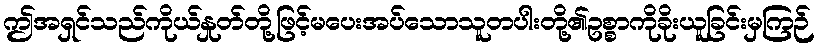
ဤအရှင်သည်ကိုယ်နှုတ်တို့ဖြင့်မပေးအပ်သောသူတပါးတို့၏ဥစ္စာကိုခိုးယူခြင်းမှကြဉ်